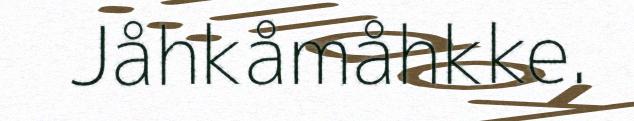
Jåhkåmåhkke.